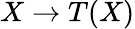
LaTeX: X\rightarrow T(X)